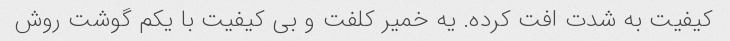
کیفیت به شدت افت کرده. یه خمیر کلفت و بی کیفیت با یکم گوشت روش